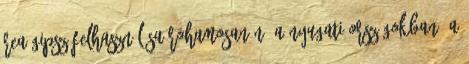
REA gipsz felhasználása rohamosan nő a nyugati országokban, a